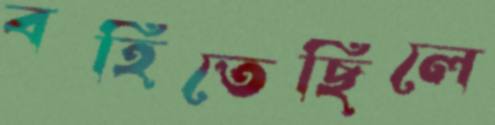
বহিতেছিলে